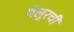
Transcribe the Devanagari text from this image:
बेलूरची